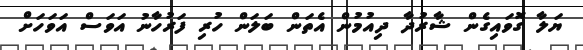
ޔަލާ ގޮވައިގެން ޝާރުދާ ދިއުމުން އެތަން ބަލަން ހުރި ފަރުހާނު އަވަސް އަވަހަށް